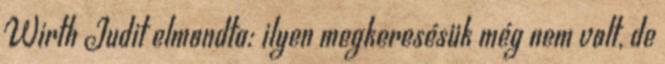
Wirth Judit elmondta: ilyen megkeresésük még nem volt, de